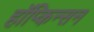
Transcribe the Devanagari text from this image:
हॉप्किन्सन